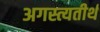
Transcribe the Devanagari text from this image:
अगस्त्यतीर्थ